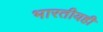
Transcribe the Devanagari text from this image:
भारतीयही